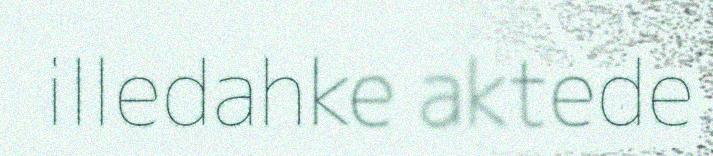
illedahke aktede